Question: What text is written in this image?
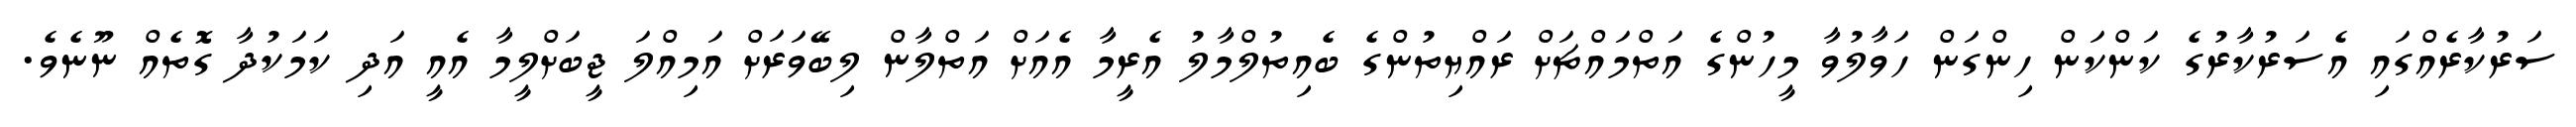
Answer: ސަރުކާރެއްގައި އެސަރުކާރުގެ ކަންކަން ހިންގަން ހަވާލުވާ މީހުންގެ އަތްމައްޗަށް ރައްޔިތުންގެ ބެއިތުލްމާލު އެރީމާ އެއަށް އަތްލާން ލިބޭވަރަށް އަމިއްލަ ޖީބަށްލީމާ އެއީ އަދި ކަމަކުދާ ގޮތެއް ނޫނެވެ.